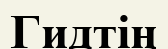
Гидтің